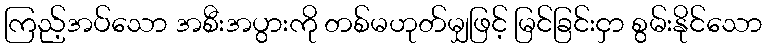
ကြည့်အပ်သော အစီးအပွားကို တစ်မဟုတ်မျှဖြင့် မြင်ခြင်းငှာ စွမ်းနိုင်သော